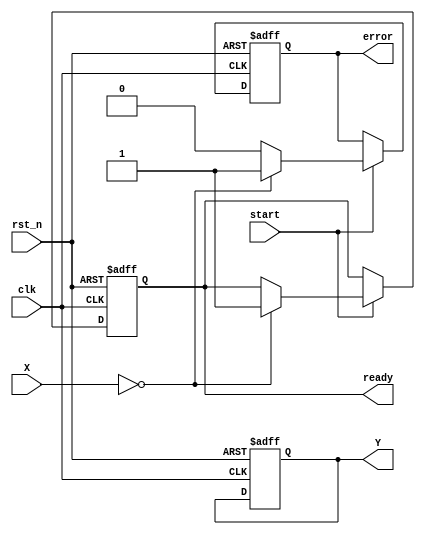
module cordic_reciprocal #(
    parameter FIXED_POINT_WIDTH = 16,
    parameter NUM_ITERATIONS = 16
)(
    input wire clk,
    input wire rst_n,
    input wire start,
    input wire [FIXED_POINT_WIDTH-1:0] X,
    output reg [FIXED_POINT_WIDTH-1:0] Y,
    output reg ready,
    output reg error
);

    // Internal signals
    reg [FIXED_POINT_WIDTH-1:0] x[0:NUM_ITERATIONS-1];
    reg [FIXED_POINT_WIDTH-1:0] y[0:NUM_ITERATIONS-1];
    reg [7:0] angle_table [0:NUM_ITERATIONS-1]; // Lookup table for atan(2^-i)
    reg [3:0] iteration_count;
    reg valid;
    
    // Angle table initialization (Fixed-point representation)
    initial begin
        angle_table[0] = 8'h20; // atan(1) = 0.785398... in fixed-point
        angle_table[1] = 8'h14; // atan(0.5)
        angle_table[2] = 8'h0A; // atan(0.25)
        angle_table[3] = 8'h05; // atan(0.125)
        angle_table[4] = 8'h02; // atan(0.0625)
        angle_table[5] = 8'h01; // atan(0.03125)
        angle_table[6] = 8'h01; // atan(0.015625)
        angle_table[7] = 8'h00; // atan(0.0078125)
        // Continue filling in the values as needed...
    end

    // State machine for CORDIC computation
    always @(posedge clk or negedge rst_n) begin
        if (!rst_n) begin
            Y <= 0;
            ready <= 0;
            error <= 0;
            valid <= 0;
            iteration_count <= 0;
            x[0] <= 0;
            y[0] <= 0;
        end else if (start) begin
            if (X == 0) begin
                error <= 1; // Division by zero condition
                ready <= 1;
            end else begin
                error <= 0;
                valid <= 0;
                x[0] <= X;
                y[0] <= (1 << FIXED_POINT_WIDTH); // Initial y = 1 in fixed-point
                iteration_count <= 0;
            end
        end else if (!valid && iteration_count < NUM_ITERATIONS) begin
            // CORDIC computation
            if (x[iteration_count] > 0) begin
                x[iteration_count + 1] = x[iteration_count] - (y[iteration_count] >> iteration_count);
                y[iteration_count + 1] = y[iteration_count] + (x[iteration_count] >> iteration_count);
            end else begin
                x[iteration_count + 1] = x[iteration_count] + (y[iteration_count] >> iteration_count);
                y[iteration_count + 1] = y[iteration_count] - (x[iteration_count] >> iteration_count);
            end
            
            iteration_count <= iteration_count + 1;
        end else if (iteration_count == NUM_ITERATIONS) begin
            Y <= y[NUM_ITERATIONS]; // Final result
            ready <= 1;
            valid <= 1;
        end
    end

endmodule